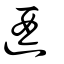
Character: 逎